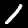
Digit: 1